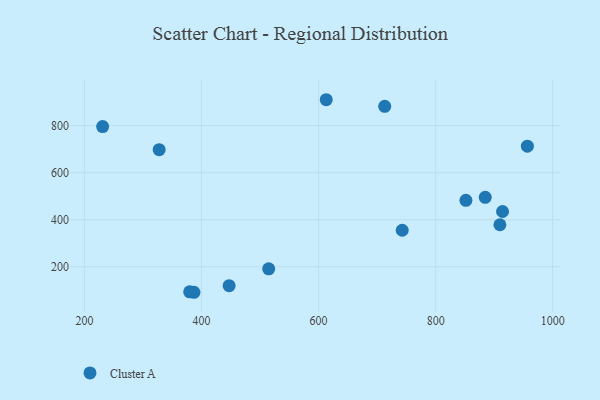
{"axis": {"x": "Distance", "y": "Yield"}, "legend": ["Cluster A"], "data": [{"x": "447.2", "y": 119.7, "type": "Cluster A"}, {"x": "914.3", "y": 435.0, "type": "Cluster A"}, {"x": "909.8", "y": 378.6, "type": "Cluster A"}, {"x": "514.8", "y": 191.3, "type": "Cluster A"}, {"x": "851.7", "y": 482.3, "type": "Cluster A"}, {"x": "742.9", "y": 355.2, "type": "Cluster A"}, {"x": "613.1", "y": 910.1, "type": "Cluster A"}, {"x": "884.7", "y": 495.3, "type": "Cluster A"}, {"x": "956.7", "y": 712.8, "type": "Cluster A"}, {"x": "387.1", "y": 91.5, "type": "Cluster A"}, {"x": "379.8", "y": 93.4, "type": "Cluster A"}, {"x": "327.7", "y": 697.8, "type": "Cluster A"}, {"x": "231.1", "y": 796.1, "type": "Cluster A"}, {"x": "713.0", "y": 882.1, "type": "Cluster A"}]}